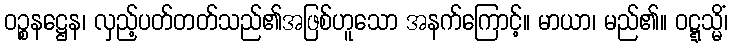
ဝဉ္စနဋ္ဌေန၊ လှည့်ပတ်တတ်သည်၏အဖြစ်ဟူသော အနက်ကြောင့်။ မာယာ၊ မည်၏။ ဝဋ္ဋသ္မိံ၊